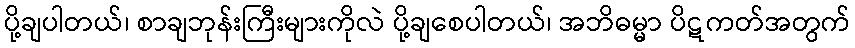
ပို့ချပါတယ်၊ စာချဘုန်းကြီးများကိုလဲ ပို့ချစေပါတယ်၊ အဘိဓမ္မာ ပိဋကတ်အတွက်